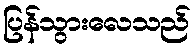
ပြန်သွားလေသည်